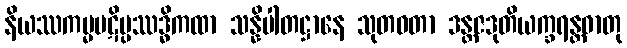
နိယဿကမ္မပဋိပ္ပဿဒ္ဓိကထာ သန္နိပါတဋ္ဌာနေ သုတဝတာ ဒန္တဇဒုတိယက္ခရန္တဓာတု